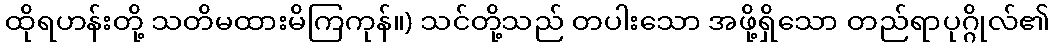
ထိုရဟန်းတို့ သတိမထားမိကြကုန်။) သင်တို့သည် တပါးသော အဖို့ရှိသော တည်ရာပုဂ္ဂိုလ်၏